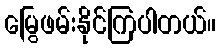
မြွေဖမ်းနိုင်ကြပါတယ်။